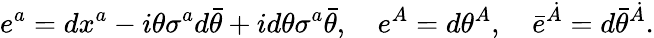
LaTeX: e^{a}=dx^{a}-i\theta\sigma^{a}d\bar{\theta}+id\theta\sigma^{a}\bar{\theta},\quad e^{A}=d\theta^{A},\quad\bar{e}^{\dot{A}}=d\bar{\theta}^{\dot{A}}.